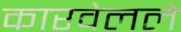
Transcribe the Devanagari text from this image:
कारवेलले